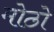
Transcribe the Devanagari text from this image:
मोठो